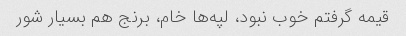
قیمه گرفتم خوب نبود، لپه‌ها خام، برنج هم بسیار شور